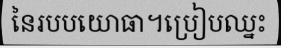
នៃរបបយោធា។ប្រៀបឈ្នះ